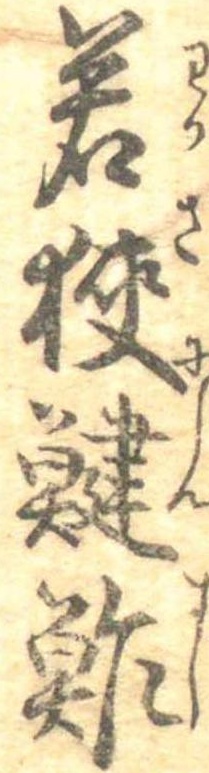
若狭鮓